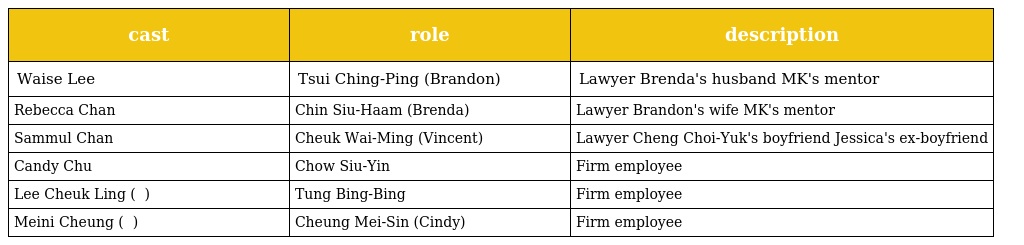
| cast | role | description |
 | --- | --- | --- |
 | Waise Lee | Tsui Ching-Ping (Brandon) 崔正平 | Lawyer Brenda's husband MK's mentor |
 | Rebecca Chan | Chin Siu-Haam (Brenda) 錢韶涵 | Lawyer Brandon's wife MK's mentor |
 | Sammul Chan | Cheuk Wai-Ming (Vincent) 卓偉名 | Lawyer Cheng Choi-Yuk's boyfriend Jessica's ex-boyfriend |
 | Candy Chu | Chow Siu-Yin 周小燕 | Firm employee |
 | Lee Cheuk Ling ( 李焯寧 ) | Tung Bing-Bing 董冰冰 | Firm employee |
 | Meini Cheung ( 張美妮 ) | Cheung Mei-Sin (Cindy) 張美倩 | Firm employee |